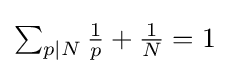
{\textstyle \sum _{p|N}{\frac {1}{p}}+{\frac {1}{N}}=1}